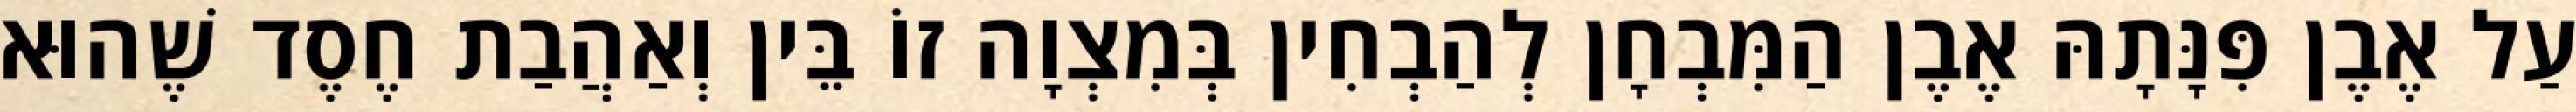
עַל אֶבֶן פִּנָּתָהּ אֶבֶן הַמִּבְחָן לְהַבְחִין בְּמִצְוָה זוֹ בֵּין וְאַהֲבַת חֶסֶד שֶׁהוּא